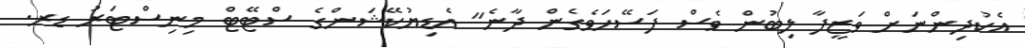
އެކުދިންނަށް ވަޒީފާ ލިބުން ވެސް ފަސޭހަވެގެން ދާނެ" އެޑިޔުކޭޝަންގެ ސްޓޭޓް މިނިސްޓަރު ޑރ.